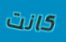
كانت